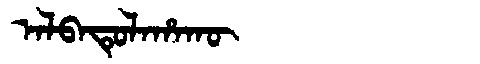
Manchu: ᠠᠯᠪᠠᡨᡠᠯᠠᡥᠠᡴᡡ
Romanization: ALBATULAHAKŪ